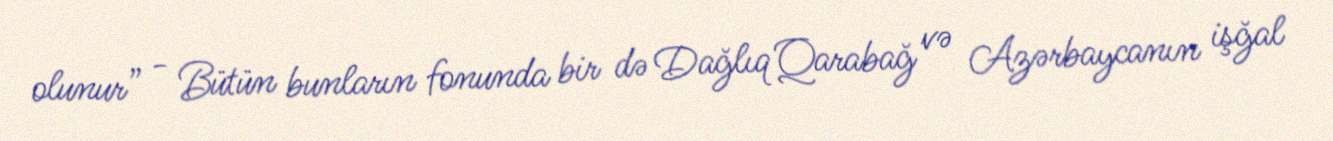
olunur” - Bütün bunların fonunda bir də Dağlıq Qarabağ və Azərbaycanın işğal